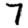
Digit: 7